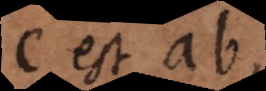
c est ab,